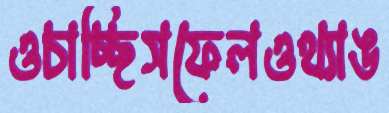
ওচাচ্ছিসফেলওথ্যাঙ